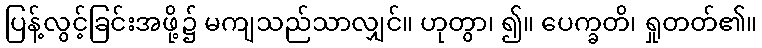
ပြန့်လွင့်ခြင်းအဖို့၌ မကျသည်သာလျှင်။ ဟုတွာ၊ ၍။ ပေက္ခတိ၊ ရှုတတ်၏။